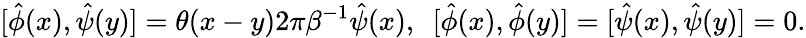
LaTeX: [\hat{\phi}(x),\hat{\psi}(y)]=\theta(x-y)2\pi\beta^{-1}\hat{\psi}(x),\enspace[\hat{\phi}(x),\hat{\phi}(y)]=[\hat{\psi}(x),\hat{\psi}(y)]=0.